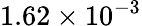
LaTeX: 1.62\times 10^{-3}